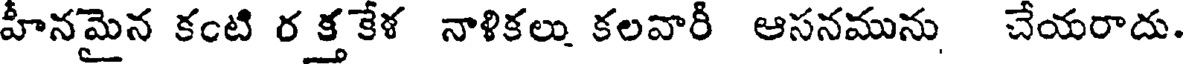
హీనమైన కంటి ర క్త కేళ నాళికలు కలవారీ ఆసనమును చేయరాదు.